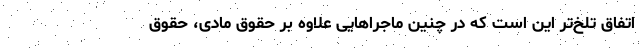
اتفاق تلخ‌تر این است که در چنین ماجراهایی علاوه بر حقوق مادی، حقوق